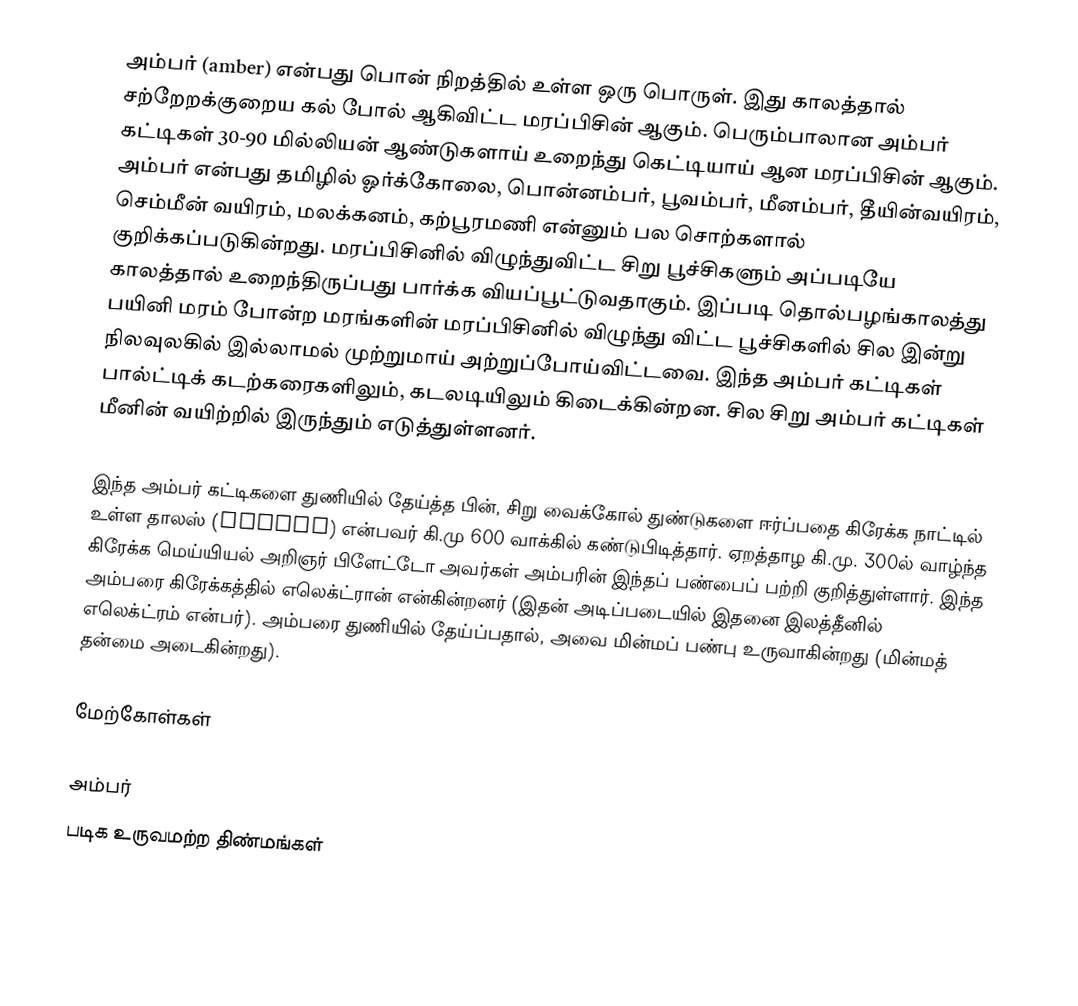
அம்பர் (amber) என்பது பொன் நிறத்தில் உள்ள ஒரு பொருள். இது காலத்தால் சற்றேறக்குறைய கல் போல் ஆகிவிட்ட மரப்பிசின் ஆகும். பெரும்பாலான அம்பர் கட்டிகள் 30-90 மில்லியன் ஆண்டுகளாய் உறைந்து கெட்டியாய் ஆன மரப்பிசின் ஆகும். அம்பர் என்பது தமிழில் ஓர்க்கோலை, பொன்னம்பர், பூவம்பர், மீனம்பர், தீயின்வயிரம், செம்மீன் வயிரம், மலக்கனம், கற்பூரமணி என்னும் பல சொற்களால் குறிக்கப்படுகின்றது. மரப்பிசினில் விழுந்துவிட்ட சிறு பூச்சிகளும் அப்படியே காலத்தால் உறைந்திருப்பது பார்க்க வியப்பூட்டுவதாகும். இப்படி தொல்பழங்காலத்து பயினி மரம் போன்ற மரங்களின் மரப்பிசினில் விழுந்து விட்ட பூச்சிகளில் சில இன்று நிலவுலகில் இல்லாமல் முற்றுமாய் அற்றுப்போய்விட்டவை. இந்த அம்பர் கட்டிகள் பால்ட்டிக் கடற்கரைகளிலும், கடலடியிலும் கிடைக்கின்றன. சில சிறு அம்பர் கட்டிகள் மீனின் வயிற்றில் இருந்தும் எடுத்துள்ளனர்.

இந்த அம்பர் கட்டிகளை துணியில் தேய்த்த பின், சிறு வைக்கோல் துண்டுகளை ஈர்ப்பதை கிரேக்க நாட்டில் உள்ள தாலஸ் (Thales) என்பவர் கி.மு 600 வாக்கில் கண்டுபிடித்தார். ஏறத்தாழ கி.மு. 300ல் வாழ்ந்த கிரேக்க மெய்யியல் அறிஞர் பிளேட்டோ அவர்கள் அம்பரின் இந்தப் பண்பைப் பற்றி குறித்துள்ளார். இந்த அம்பரை கிரேக்கத்தில் எலெக்ட்ரான் என்கின்றனர் (இதன் அடிப்படையில் இதனை இலத்தீனில் எலெக்ட்ரம் என்பர்). அம்பரை துணியில் தேய்ப்பதால், அவை மின்மப் பண்பு உருவாகின்றது (மின்மத் தன்மை அடைகின்றது).

மேற்கோள்கள்

அம்பர்
படிக உருவமற்ற திண்மங்கள்